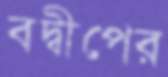
বদ্বীপের